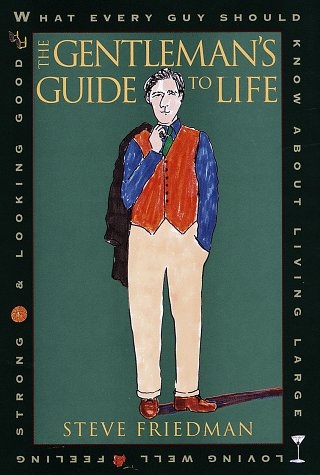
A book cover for The Gentleman's Guide to Life: What Every Guy Should Know About Living Large, Loving Well, Feeling Strong and L ooking Good; Steve Friedman; Health, Fitness & Dieting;